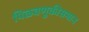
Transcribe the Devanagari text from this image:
पिळवणुकीसमान